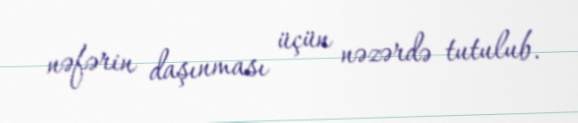
nəfərin daşınması üçün nəzərdə tutulub.